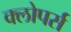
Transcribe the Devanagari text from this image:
क्लोपर्स